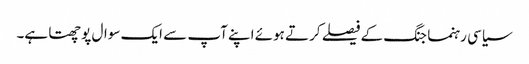
سیاسی رہنما جنگ کے فیصلے کرتے ہوئے اپنے آپ سے ایک سوال پوچھتا ہے۔